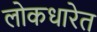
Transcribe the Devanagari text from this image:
लोकधारेत